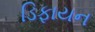
ડિફાયન